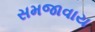
સમજાવાય